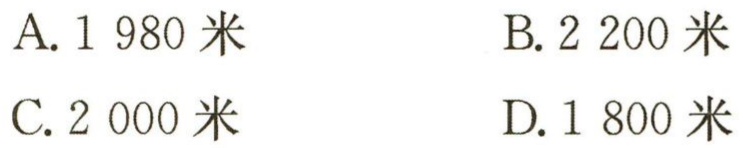
A. \(1980\)米
B. \(2200\)米
C. \(2000\)米
D. \(1800\)米